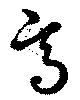
焉